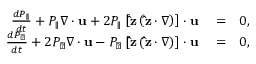
\begin{array} { r l r } { \frac { d P _ { \parallel } } { d t } + P _ { \parallel } \nabla \cdot { \bf u } + 2 P _ { \parallel } \left[ { \bf \hat { z } } \left( { \bf \hat { z } } \cdot \nabla \right) \right] \cdot { \bf u } } & { { } = } & { 0 , } \\ { \frac { d P _ { \perp } } { d t } + 2 P _ { \perp } \nabla \cdot { \bf u } - P _ { \perp } \left[ { \bf \hat { z } } \left( { \bf \hat { z } } \cdot \nabla \right) \right] \cdot { \bf u } } & { { } = } & { 0 , } \end{array}